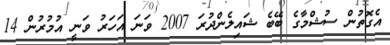
އެގޮތުން ސުޝްމާގެ ބޭބެ ޝައިލެންދުރަ 2007 ވަނަ އަހަރު ވަނީ އުމުރުން 14